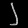
Digit: ၂